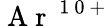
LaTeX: \mathrm{~A~r~}^{\mathrm{~1~0~+~}}